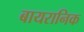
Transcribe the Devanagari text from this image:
बायरानिक